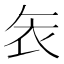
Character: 𮕦